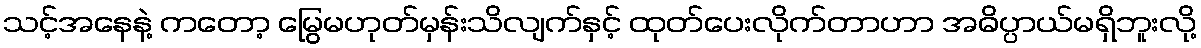
သင့်အနေနဲ့ ကတော့ မြွေမဟုတ်မှန်းသိလျက်နှင့် ထုတ်ပေးလိုက်တာဟာ အဓိပ္ပာယ်မရှိဘူးလို့